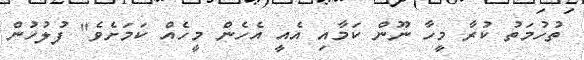
ތުހުމަތު ކުރާ މީހާ ނޫން ކަމާއި އެއީ އެހެން މީހެއް ކަމަށެވެ" ފުލުހުން